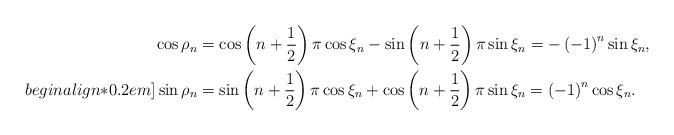
LaTeX: \begin{align*}\cos{\rho}_n&=\cos\left(n+\frac{1}{2}\right)\pi\cos \xi_n -\sin\left(n+\frac{1}{2}\right)\pi\sin \xi_n = -\left(-1\right)^n\sin \xi_n ,\\begin{align*}0.2em]\sin{\rho}_n&=\sin\left(n+\frac{1}{2}\right)\pi\cos \xi_n +\cos\left(n+\frac{1}{2}\right)\pi\sin \xi_n = \left(-1\right)^n\cos \xi_n .\end{align*}